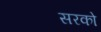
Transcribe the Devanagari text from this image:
सरको